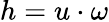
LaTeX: h=u\cdot\omega